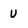
Character: U